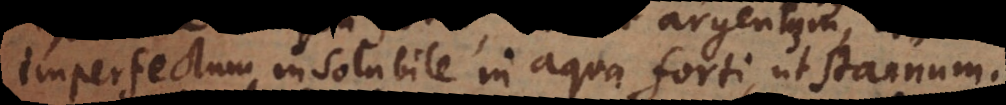
imperfectum insolubile in aqua forti, ut stannum.